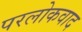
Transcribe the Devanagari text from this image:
परलोकवाद